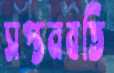
সপ্তনবতি